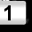
Digit: 1